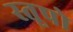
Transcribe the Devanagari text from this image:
स्‍तूपो